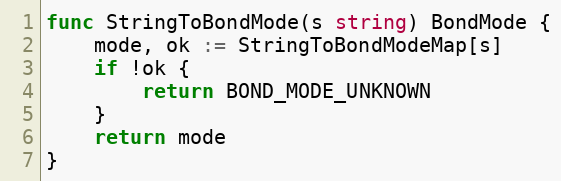
Language: Go
func StringToBondMode(s string) BondMode {
	mode, ok := StringToBondModeMap[s]
	if !ok {
		return BOND_MODE_UNKNOWN
	}
	return mode
}